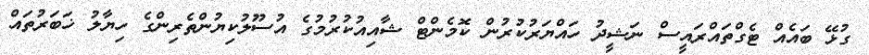
ގުޅޭ ބައެއް ޓެގްތައްރައީސް ނަޝީދު ހައްޔަރުކުރުން ކޮމެންޓް ޝާއިއުކުރުމުގެ އުސޫލުކިޔުންތެރިންގެ ހިޔާލު ޚަބަރުތައް